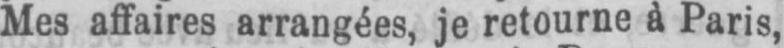
Mes affaires arrangées, je retourne à Paris,